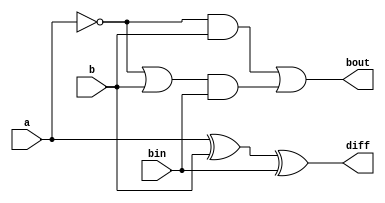
module Full_Subtractor (
    input a,
    input b,
    input bin,
    output reg diff,
    output reg bout
);

always @* begin
    diff = a ^ b ^ bin;
    bout = (~a & b) | ((~a | b) & bin);
end

endmodule